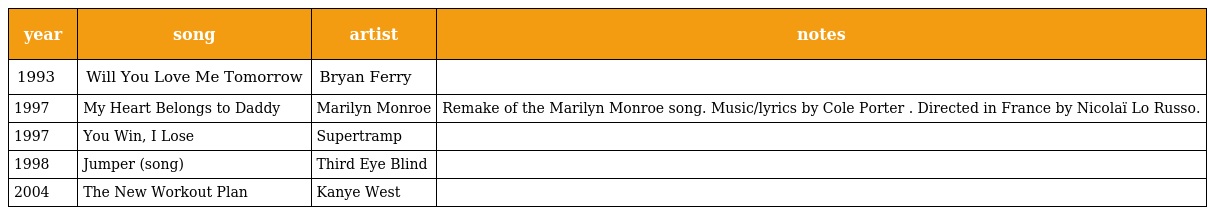
| year | song | artist | notes |
 | --- | --- | --- | --- |
 | 1993 | Will You Love Me Tomorrow | Bryan Ferry |  |
 | 1997 | My Heart Belongs to Daddy | Marilyn Monroe | Remake of the Marilyn Monroe song. Music/lyrics by Cole Porter . Directed in France by Nicolaï Lo Russo. |
 | 1997 | You Win, I Lose | Supertramp |  |
 | 1998 | Jumper (song) | Third Eye Blind |  |
 | 2004 | The New Workout Plan | Kanye West |  |